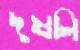
দুষলি